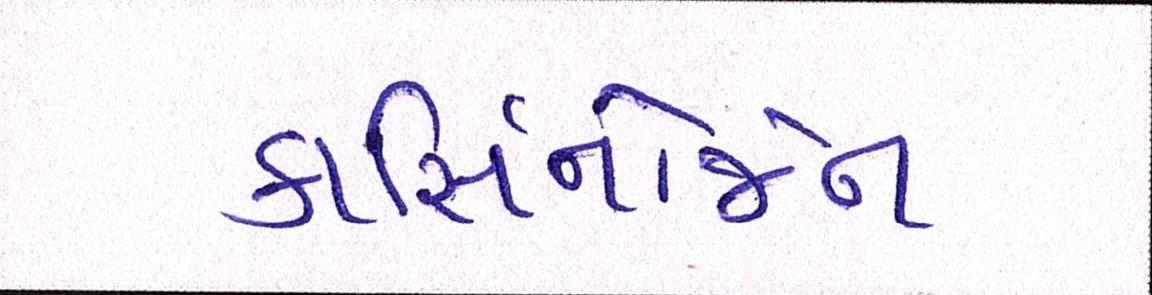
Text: કાર્સિનોજેન